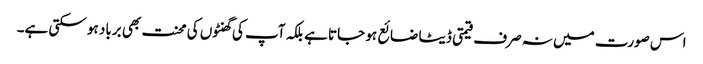
اس صورت میں نہ صرف قیمتی ڈیٹا ضائع ہو جاتا ہے بلکہ آپ کی گھنٹوں کی محنت بھی برباد ہو سکتی ہے۔